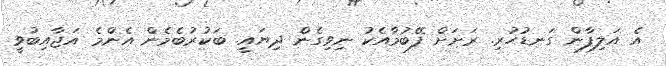
އެ އަލިފާން ގަނޑުހުރި. ރަށަށް ފޭބުމާއެކު ނިވިގެން ދިޔައީ. ބަކުރުބެމެން އެންމެ އަޖާއިބުވީ